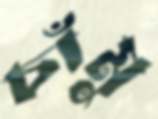
চাঁমু